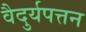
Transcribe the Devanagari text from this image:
वैदुर्यपत्तन